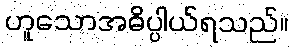
ဟူသောအဓိပ္ပါယ်ရသည်။